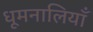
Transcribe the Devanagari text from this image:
धूमनालियाँ